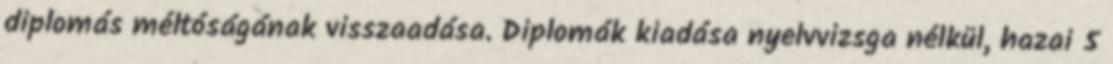
diplomás méltóságának visszaadása. Diplomák kiadása nyelvvizsga nélkül, hazai 5